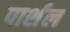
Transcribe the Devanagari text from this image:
पार्शल